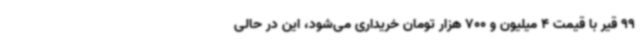
99 قیر با قیمت 4 میلیون و 700 هزار تومان خریداری می‌شود، این در حالی